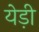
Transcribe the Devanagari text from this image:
येड़ी